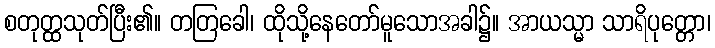
စတုတ္ထသုတ်ပြီး၏။ တတြခေါ၊ ထိုသို့နေတော်မူသောအခါ၌။ အာယသ္မာ သာရိပုတ္တော၊